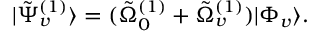
\begin{array} { r } { | \tilde { \Psi } _ { v } ^ { ( 1 ) } \rangle = ( \tilde { \Omega } _ { 0 } ^ { ( 1 ) } + \tilde { \Omega } _ { v } ^ { ( 1 ) } ) | \Phi _ { v } \rangle . } \end{array}